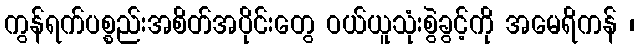
ကွန်ရက်ပစ္စည်းအစိတ်အပိုင်းတွေ ဝယ်ယူသုံးစွဲခွင့်ကို အမေရိကန် ၊